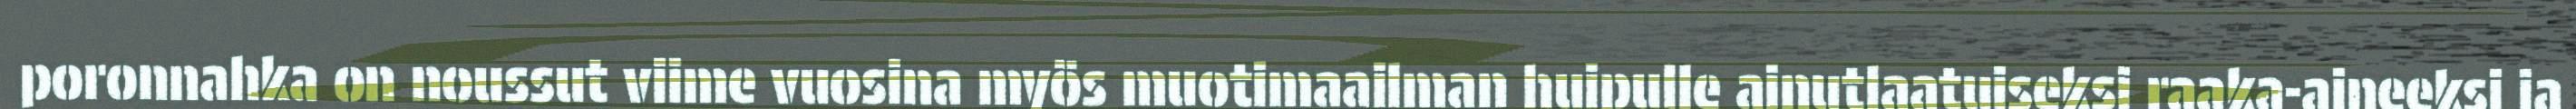
poronnahka on noussut viime vuosina myös muotimaailman huipulle ainutlaatuiseksi raaka-aineeksi ja